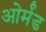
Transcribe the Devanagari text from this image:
ओर्मंड